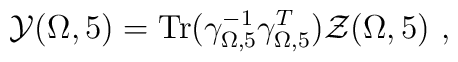
{\cal Y}(\Omega,5)={\rm Tr}(\gamma_{\Omega,5}^{-1}\gamma_{\Omega,5}^T) {\cal Z}(\Omega,5)~,